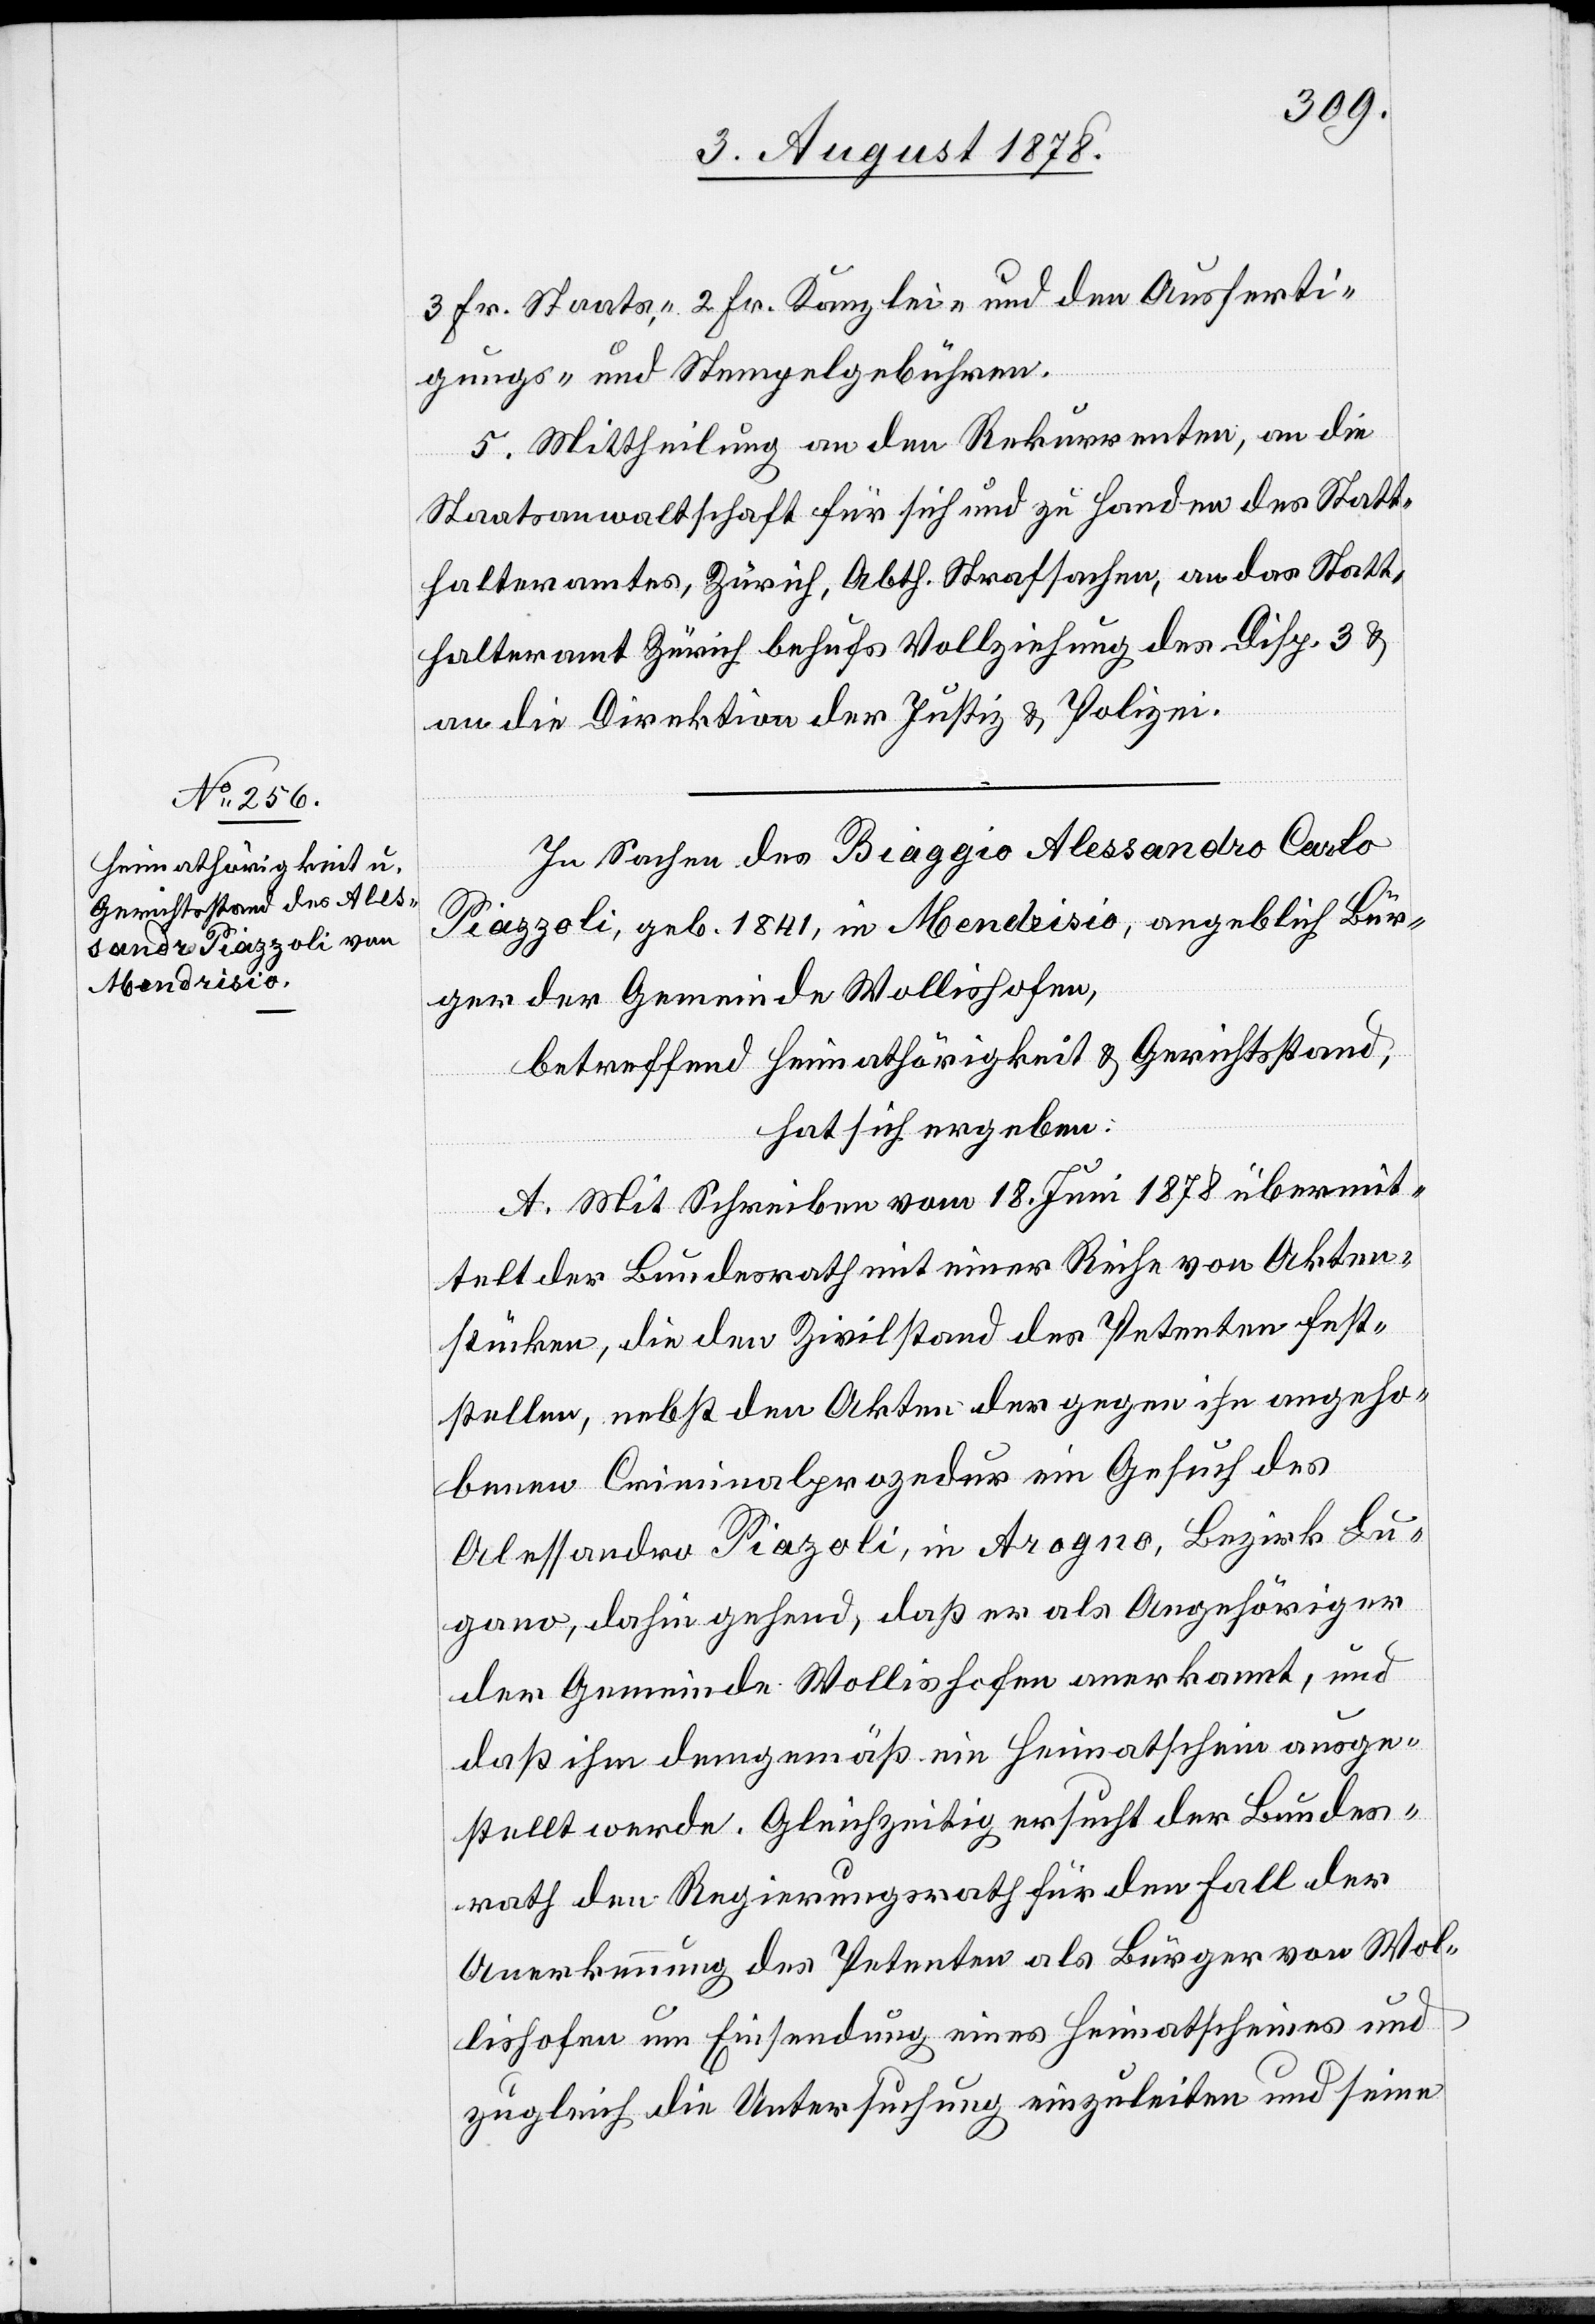
In Sachen des Biaggio Alessandro Carlo
Piazzoli, geb. 1841, in Mendrisio, angeblich Bür¬
ger der Gemeinde Wollishofen,
betreffend Heimathörigkeit & Gerichtsstand,
hat sich ergeben:
A. Mit Schreiben vom 18. Juni 1878 übermit¬
telt der Bundesrath mit einer Reihe von Akten¬
stücken, die den Zivilstand der Petenten fest¬
stellen, nebst den Akten der gegen ihn angeho¬
benen Criminalprozedur ein Gesuch des
Alessandro Piazoli [sic!], Arogno, Bezirk Lu¬
gano, dahin gehend, daß er als Angehöriger
der Gemeinde Wollishofen anerkannt, und
daß ihm demgemäß ein Heimatschein ausge¬
stellt werde. Gleichzeitig ersucht der Bundes¬
rath den Regierungsrath für den Fall der
Anerkennung des Petenten als Bürger von Wol¬
lishofen um Einsendung eines Heimatscheines und
zugleich die Untersuchung einzuleiten und seine